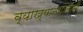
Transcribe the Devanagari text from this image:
व्याख्यानशालाओं